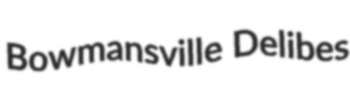
Bowmansville Delibes